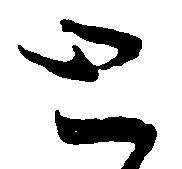
と